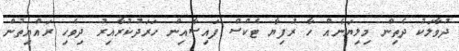
ދުވާލަކު ދެތިން މިލިޔަނެއް ހާ ރުފިޔާ ޓެކްސް ފައިސާއިން ހަރަދުކުރާއިރު ދިވެހި ރައްޔިތުން